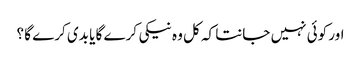
اور کوئی نہیں جانتا کہ کل وہ نیکی کرے گا یا بدی کرے گا ؟